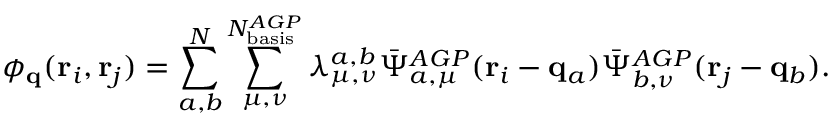
\phi _ { \mathbf { q } } ( \mathbf { r } _ { i } , \mathbf { r } _ { j } ) = \sum _ { a , b } ^ { N } \sum _ { \mu , \nu } ^ { N _ { \mathrm { b a s i s } } ^ { A G P } } \lambda _ { \mu , \nu } ^ { a , b } \bar { \Psi } _ { a , \mu } ^ { A G P } ( \mathbf { r } _ { i } - \mathbf { q } _ { a } ) \bar { \Psi } _ { b , \nu } ^ { A G P } ( \mathbf { r } _ { j } - \mathbf { q } _ { b } ) .